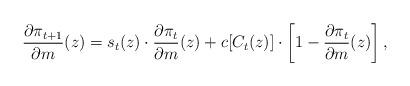
LaTeX: \begin{align*}\frac{\partial\pi_{t+1}}{\partial m}(z) = s_t(z)\cdot\frac{\partial\pi_t}{\partial m}(z) + c[C_t(z)] \cdot \left[1 - \frac{\partial \pi_t}{\partial m}(z)\right],\end{align*}